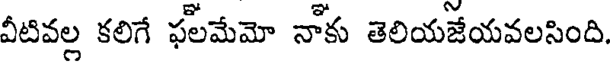
వీటివల్ల కలిగే ఫలమేమో నోకు తెలియజేయవలసింది.